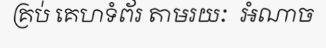
គ្រប់ គេហទំព័រ តាមរយៈ  អំណាច